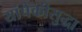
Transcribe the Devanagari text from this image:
यांपैकीसुद्धा